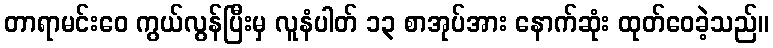
တာရာမင်းဝေ ကွယ်လွန်ပြီးမှ လူနံပါတ် ၁၃ စာအုပ်အား နောက်ဆုံး ထုတ်ဝေခဲ့သည်။